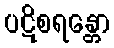
ပဋိစရန္တော